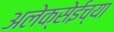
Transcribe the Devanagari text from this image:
अलेक्सेईच्या